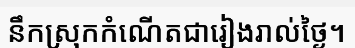
នឹកស្រុកកំណើតជារៀងរាល់ថ្ងៃ។